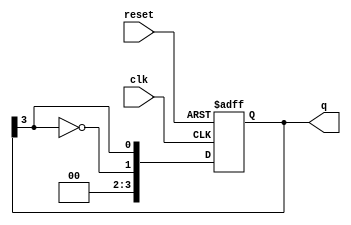
module johnson_counter #(
    parameter N = 4 // Number of flip-flops
)(
    input wire clk,      // Clock input
    input wire reset,    // Asynchronous reset
    output reg [N-1:0] q // Output state of the counter
);

// Always block for the Johnson counter
always @(posedge clk or posedge reset) begin
    if (reset) begin
        // Reset the counter to known state (all zeros)
        q <= 0;
    end else begin
        // Johnson counter logic
        q <= {~q[N-1], q[N-1:N-1]}; // Shift with inverted last flip-flop
    end
end

endmodule